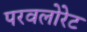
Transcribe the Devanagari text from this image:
परवलोरेट